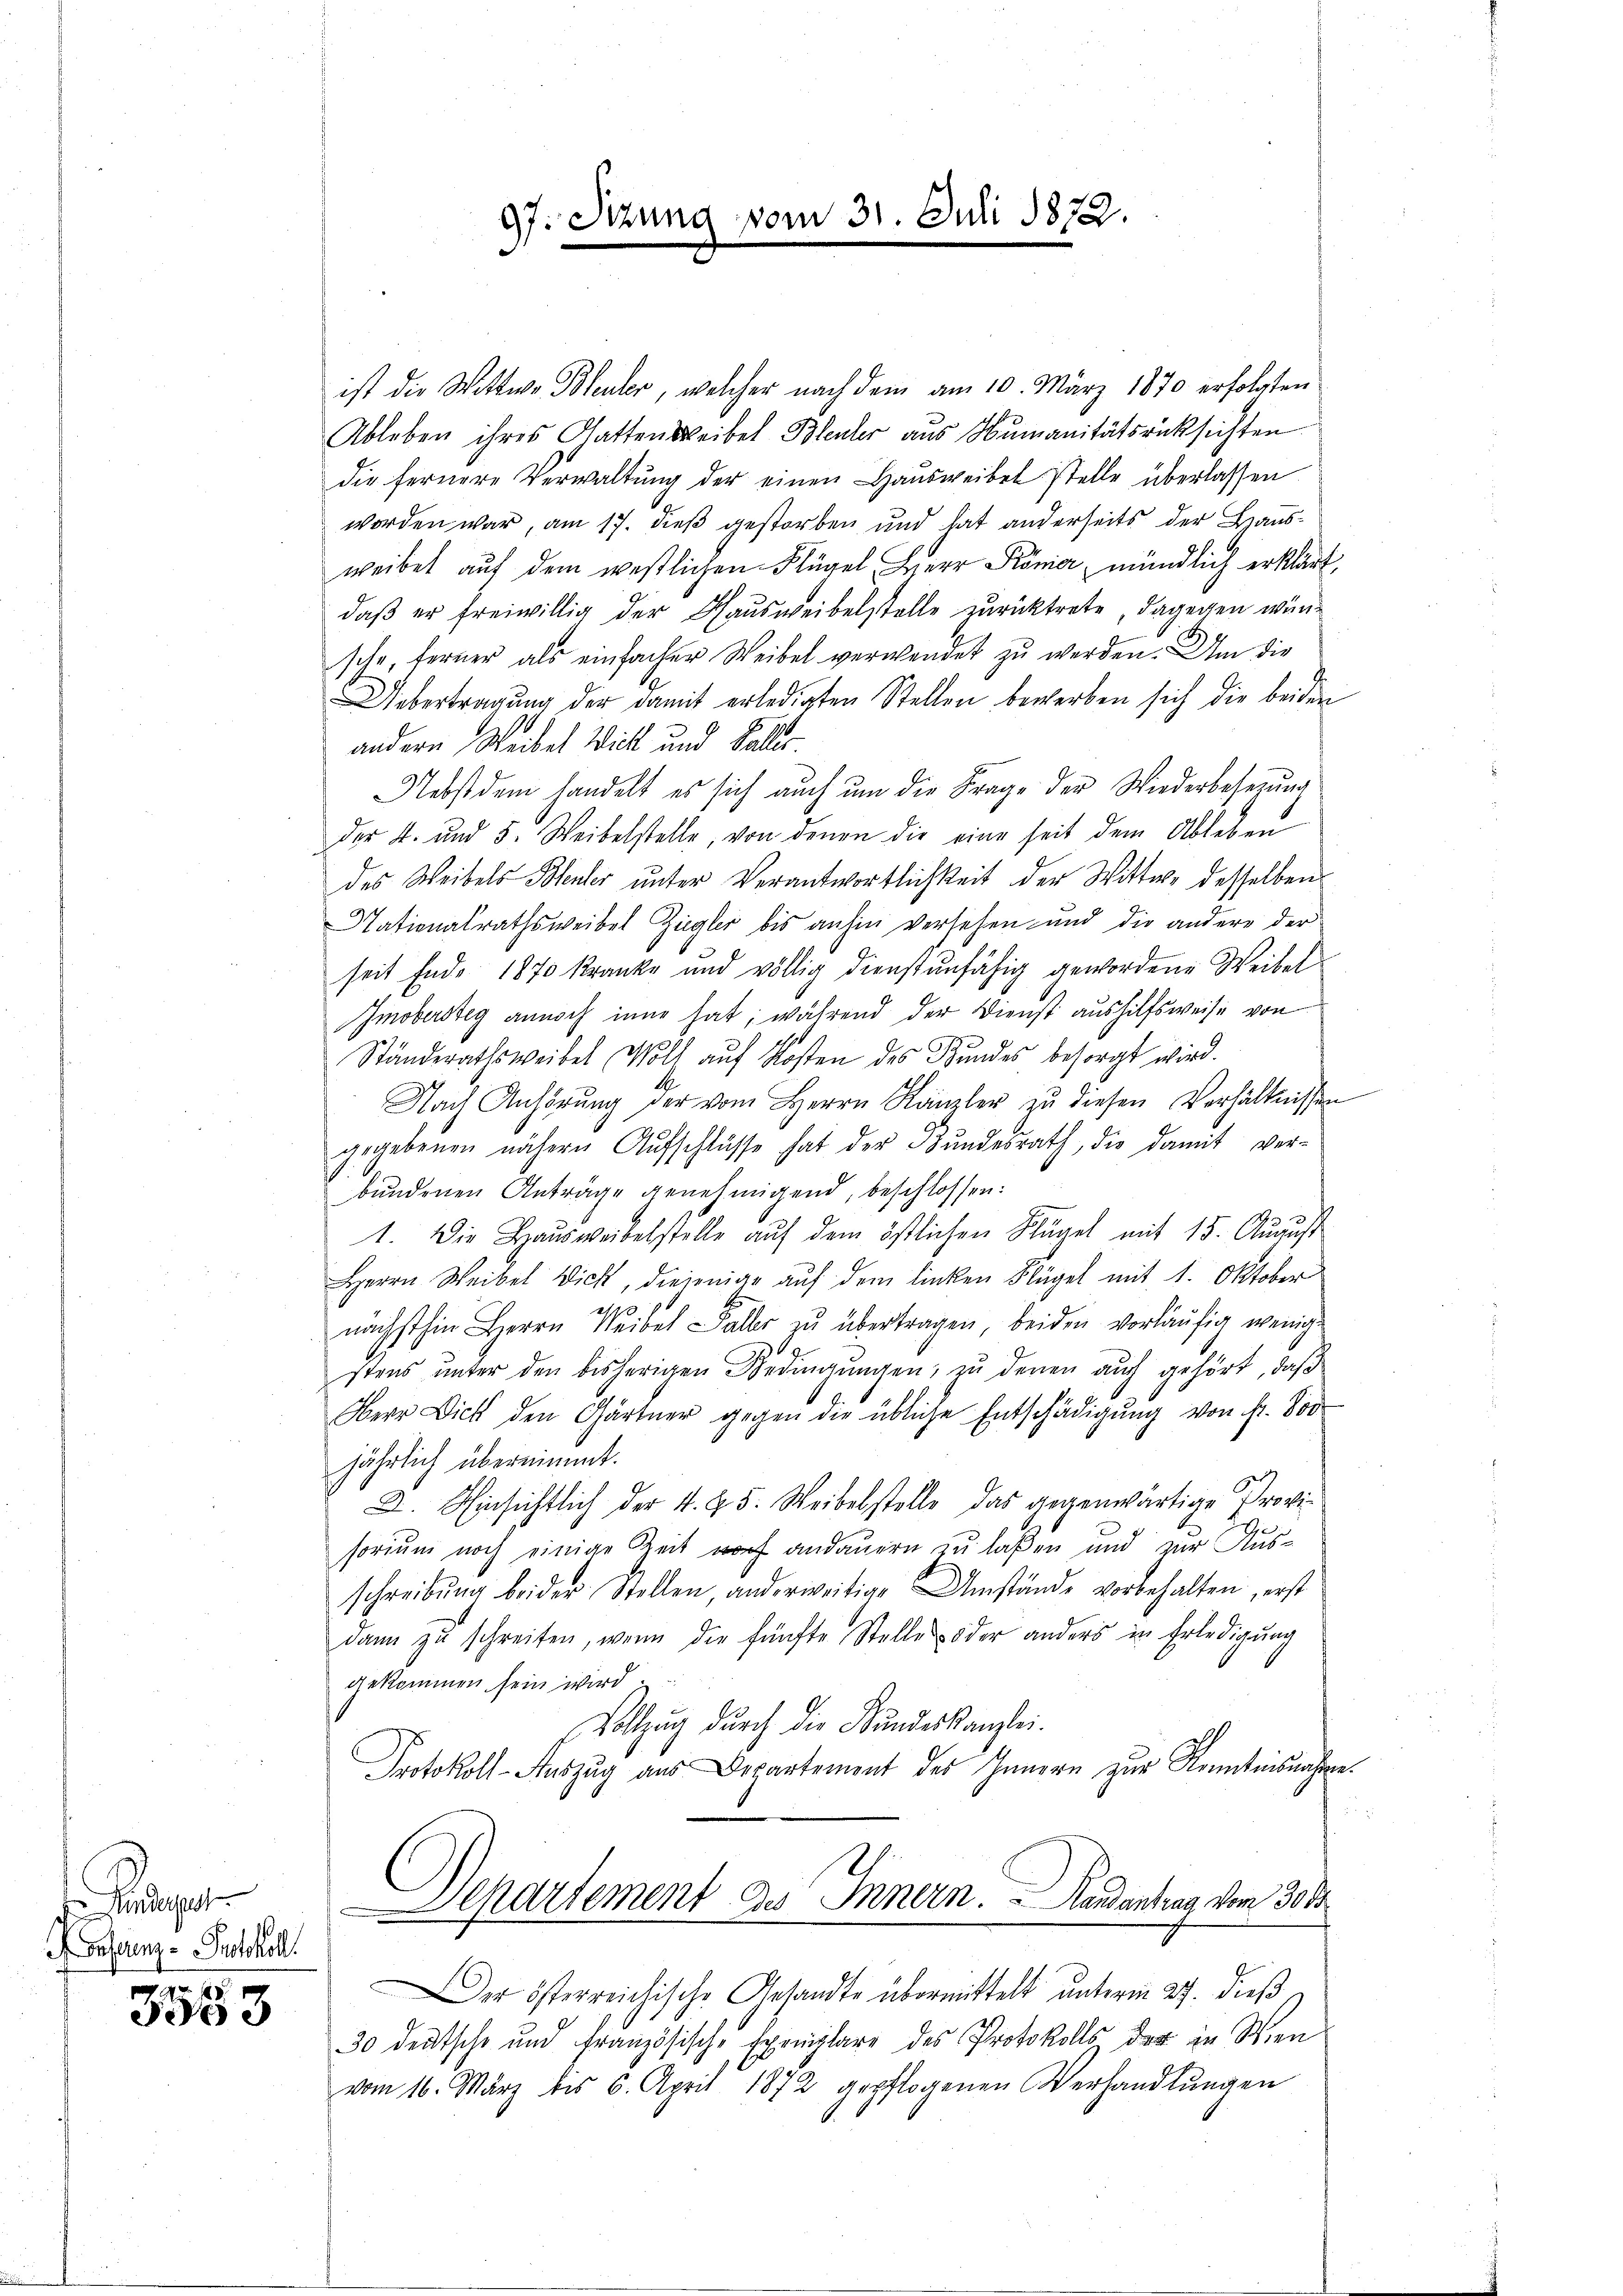
p
ehren Protokol

3503

ist die Wittwe Bleuler, welcher nach dem am 10. März 1870 erfolgten
Ableben ihres Gattensweibel Bleuler aus Humanitätsrücksichten
die fernere Verwaltŭng der einen Haŭsweibel stelle überlassen
worden war, am 17. dieß gestorben und hat anderseits der Hausweibet auf dem westlichen Flügel, Herr Römer mündlich erklärt,
daβ er freiwillig der Hausweibelstelle zurücktrete, dagegen wünsche, ferner als einfacher Weibel verwendet zu werden. Um die
Uebertragung der damit erledigten Stellen bewerben sich die beiden
andern Weibel Will und Falles.
Nebst dem handelt es sich auch um die Frage der Wiederbesetzung
der 4. und 5. Weibelstelle, von denen die eine seit dem Ableben
des Weibels Bleuler unter Verantwortlichkeit der Wittwe desselben
Nationalrathsweibel Ziegler bis anhin versehen und die andere der
seit Ende 1870 kranke und völlig dienstenfähig gewordene Weibel
Imobersteg annoch inne hat; während der Dienst aushilfsweise von
Ständerathsweibel Wolf aŭf Kosten des Bundes besorgt wird.
Nach Anhörung der vom Herrn Kanzler zu diesen Verhältnissen
gegebenen nähern Aŭfschlüsse hat der Bŭndesrath, die damit ver-
bŭndenen Anträge genehmigend, beschlossen:
1. Die Haŭsweibelstelle aŭf dem östlichen Kügel mit 15. Aŭgŭst
Herrn Weibel Dick, diejenige auf dem linken Flügel mit 1. Oktober
2170
nächsthin Herrn Weibel Faller zu übertragen, beiden vorläufig wenig
stens unter den bisherigen Bedingungen, zu denen auch gehört, daß
Oberr Dich den Gärtner gegen die übliche Entschädigŭng von fr. 800
jährlich übernimmt.
D. Hinsichtlich der 4. §. 5. Weibelstelle das gegenwärtige Provisorium noch einige Zeit warf andauern zu laßen und zur Ausschreibŭng beider Stellen, anderweitige Umstände vorbehalten, erst
dann zŭ schreiten, wenn die fünfte Stelle oder anders in Erledigung
gekommen sein wird
Vollzug durch die Bundeskanzlei-
Protokoll-Auszug aus Departement des Innern zur Kenntnisnahme
Denartement zu Innern. Landantung vom 30.
er österreichische Gesandte übermittelt unterm 27. dieß
30 deutsche und französische Exemplare des Protokolls der in Wien
vom 16. März bis 6. April 1872 gepflogenen Verhandlŭngen

97. Setzung vom 31. Juli 1872.